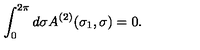
\int _ { 0 } ^ { 2 \pi } d \sigma A ^ { ( 2 ) } ( \sigma _ { 1 } , \sigma ) = 0 .